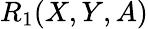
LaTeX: R_{1}(X,Y,A)